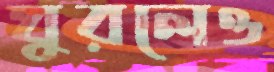
ঘুরলেও